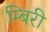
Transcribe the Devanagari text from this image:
म्बिरी